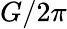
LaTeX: G/2\pi